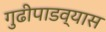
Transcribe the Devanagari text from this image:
गुढीपाडव्यास